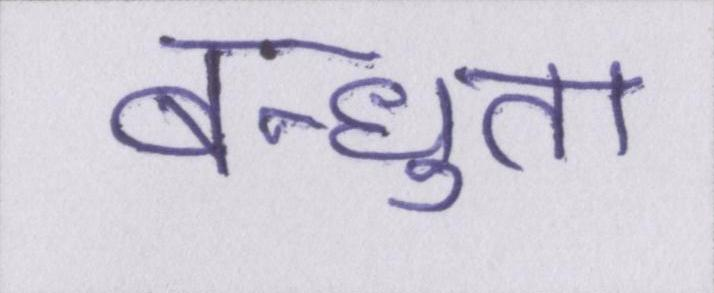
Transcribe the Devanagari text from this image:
बन्धुता